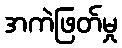
အကဲဖြတ်မှု